Civil Veterinary Department Bihar & Orissa reports 1911-21 - 1911-1921
Year: 1911
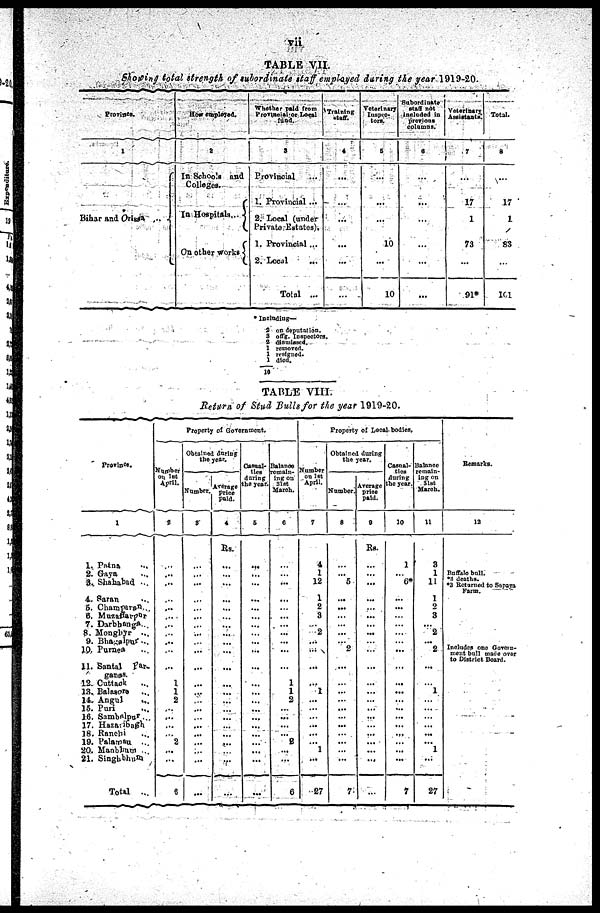
vii
TABLE VII.
Showing total strength of subordinate staff employed during the year 1919-20
Province.
1
Bihar and
Orissa
How employed.
2
In Schools and
Colleges.
In Hospital...
On other works
Whether Sold from
Provincial or Local
food.
3
Provincial ...
1. Provincial ...
2. Local (under
Private Estates).
1. Provincial ...
2. Local ...
Total ...
Training
Staff.
4
...
...
...
...
...
...
Veterinary
Inspec-
tore.
5
...
...
...
10
...
10
Subordinate
Staff not
included in
province
columns.
6
...
...
...
...
...
...
Veterinary
Assistants .
7
...
17
1
73
...
91*
Total.
8
...
17
1
83
...
101
Including—
2
3
2
1
1
1
10
on depentation.
offg.
Inspectors.
dismixed.
remoted
resigned died.
TABLE VIII.
Return of Stud Bulls for the year 1919-20.
Province.
1
1. Patna ...
2. Gaya ...
3. Shahabad ...
4,. Saran ...
5. Champaran ...
6. Muzaffarpur
7. Darbhanga
8. Monghyr ...
9. Bhagalpur ...
10- Purnea ...
11. Santal
far-
ganas.
12. Cuttack ...
13. Balasore ...
14. Angul ...
15. Puri ...
16. Sambalpur ...
17. Hazarbagh
18. Ranchi ...
19. Palamau ...
20. Manbhum ...
21. Singhbhum
Total
...
Property of Government.
Number
On let
2
...
...
...
...
...
...
...
...
...
...
...
1
1
2
...
...
...
...
2
...
...
6
Obtained during
the year
Number.
9
...
...
...
...
...
...
...
...
...
...
...
...
...
...
...
...
...
...
...
...
...
...
Average
Price
paid.
4
Rs.
...
...
...
...
...
...
...
...
...
...
...
...
...
...
...
...
...
...
...
...
...
...
Casoal-
ties
during
the year.
6
...
...
...
...
...
...
...
...
...
...
...
...
...
...
...
...
...
...
...
...
...
...
Balance
remain-
ing on
31st
March.
C
...
...
...
...
...
...
...
...
...
...
...
...
1
1
2
...
...
...
...
2
...
...
6
Property of Local bodies.
Number
on 1st
April.
7
4
1
12
1
2
3
...
2
...
...
...
...
1
...
...
...
...
...
...
1
...
27
Obtained during
the year.
Number.
8
...
...
5
...
...
...
...
...
2
...
...
...
...
...
...
...
...
...
...
...
7
Average
price
paid.
0
Rs.
...
...
...
...
...
...
...
...
...
...
...
...
...
...
...
...
...
...
...
...
...
...
Casnal-
ties
during
the year.
10
1
...
6
...
...
...
...
...
...
...
...
...
...
...
...
...
...
...
...
...
...
7
Balance
remain-
ing on
31
st
March.
11
3
1
11
1
2
3
...
2
...
2
...
...
1
...
...
...
...
...
...
1
...
27
Remarks
12
Buffalo bull .
*1 deaths.
*3 Returned to Sopaya
Farm.
Includes one Govern-
ment bull make over
to District Board.